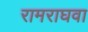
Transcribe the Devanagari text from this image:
रामराघवा